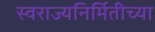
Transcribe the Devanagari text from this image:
स्वराज्यनिर्मितीच्या